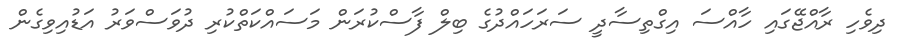
ދިވެހި ރާއްޖޭގައި ހާއްސަ އިގްތިސާދީ ސަރަހައްދުގެ ބިލް ފާސްކުރަން މަސައްކަތްކުރި ދުވަސްވަރު އަޑުއިވިގެން